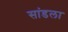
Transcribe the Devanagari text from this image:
सांडला